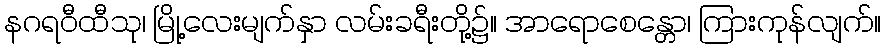
နဂရဝီထီသု၊ မြို့လေးမျက်နှာ လမ်းခရီးတို့၌။ အာရောစေန္တော၊ ကြားကုန်လျက်။